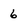
Character: 6